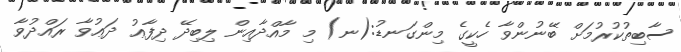
ސާބިތުކުރުމަށް ބޭނުންވާ ހެކީގެ މިންގަނޑު:(ނ) މި މާއްދާއިން ލިބިދޭ ދިފާޢު ދަޢުވާ ރައްދުވާ